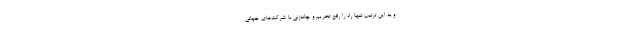
و به این ترتیب تنها راه را رفع تحریم و چانه‌زنی با شرکت‌های جهانی